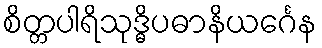
စိတ္တပါရိသုဒ္ဓိပဓာနိယင်္ဂေန